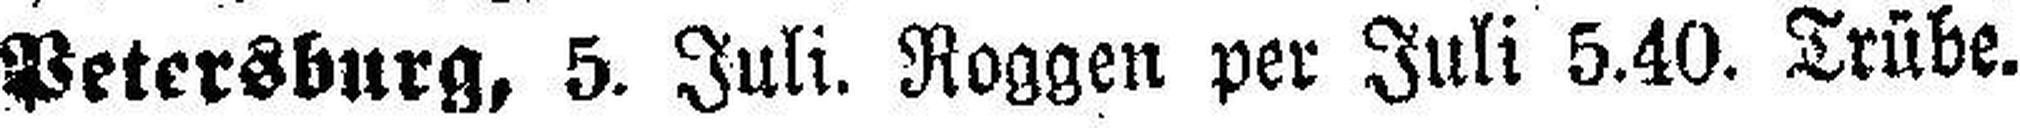
Petersburg, 5. Juli. Roggen per Juli 5.40. Trübe.